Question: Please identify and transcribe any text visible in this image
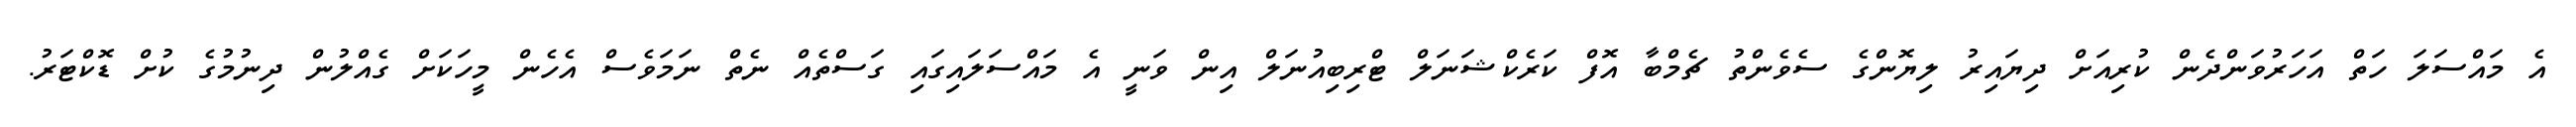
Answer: އެ މައްސަލަ ހަތް އަހަރުވަންދެން ކުރިއަށް ދިޔައިރު ލިޔޮންގެ ސެވެންތު ޗެމްބާ އޮފް ކަރެކްޝަނަލް ޓްރިބިއުނަލް އިން ވަނީ އެ މައްސަލައިގައި ގަސްތެއް ނެތް ނަމަވެސް އެހެން މީހަކަށް ގެއްލުން ދިނުމުގެ ކުށް ޑޮކްޓަރު.